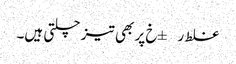
غلط ر±خ پر بھی تیز چلتی ہیں۔